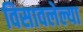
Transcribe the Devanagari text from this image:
विसावलेल्या